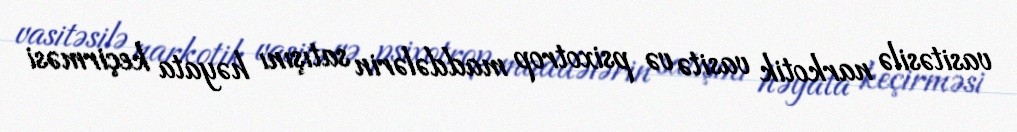
vasitəsilə narkotik vasitə və psixotrop maddələrin satışını həyata keçirməsi